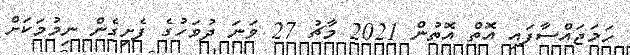
ހަމަޖައްސާފައި އޮތް އޮތުން 2021 މާޗު 27 ވަނަ ދުވަހުގެ ފެށިގެން ނިމުމަކަށް